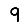
Digit: 9